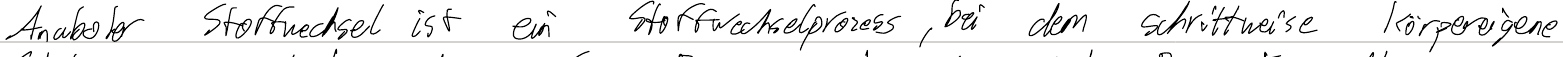
Anaboler Stoffwechsel ist ein Stoffwechselprozess, bei dem schrittweise körpereigene